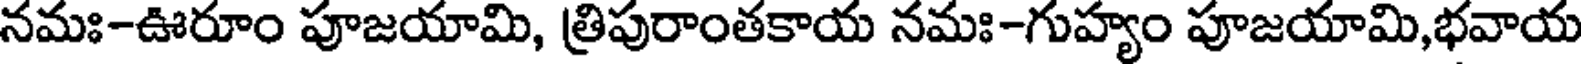
నమః-ఊరూం పూజయామి, త్రిపురాంతకాయ నమః-గుహ్యం పూజయామి,భవాయ